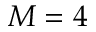
M = 4